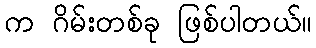
က ဂိမ်းတစ်ခု ဖြစ်ပါတယ်။